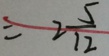
= 2 \frac { 5 } { 1 2 }